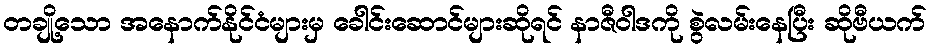
တချို့သော အနောက်နိုင်ငံများမှ ခေါင်းဆောင်များဆိုရင် နာဇီဝါဒကို စွဲလမ်းနေပြီး ဆိုဗီယက်